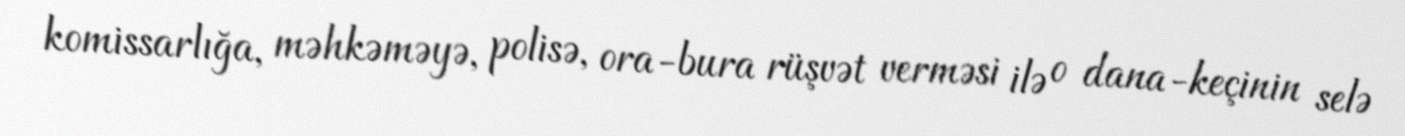
komissarlığa, məhkəməyə, polisə, ora-bura rüşvət verməsi ilə o dana-keçinin selə